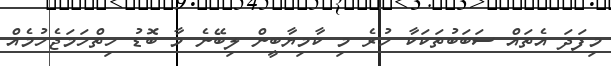
މިފަދަ އެތައް ސަބަބުތަކަކާ ހުރެ މި ކާމިޔާބީން ލިބޭނެ މާ ބޮޑު ހިތްހަމަޖެހުމެއް